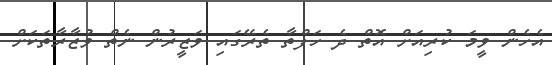
އެހެން ވީމަ ކުރިއަށް އޮތް ދެ ހަފްތާ ތެރޭގައި ވަޒީރުން ނެތް ވުޒާރާތަކަށް